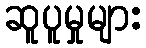
ဆူပူမှုများ